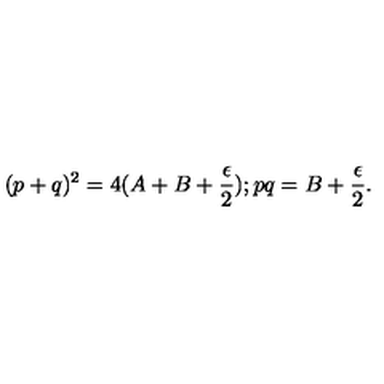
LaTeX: ( p + q ) ^ { 2 } = 4 ( A + B + \frac { \epsilon } { 2 } ) ; p q = B + \frac { \epsilon } { 2 } .